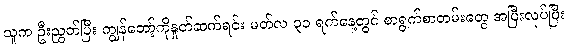
သူက ဦးညွှတ်ပြီး ကျွန်တော့်ကိုနှုတ်ဆက်ရင်း မတ်လ ၃၁ ရက်နေ့တွင် စာရွက်စာတမ်းတွေ အပြီးလုပ်ပြီး